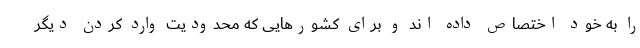
را به خود اختصاص داده اند و برای کشورهایی که محدودیت وارد کردن دیگر